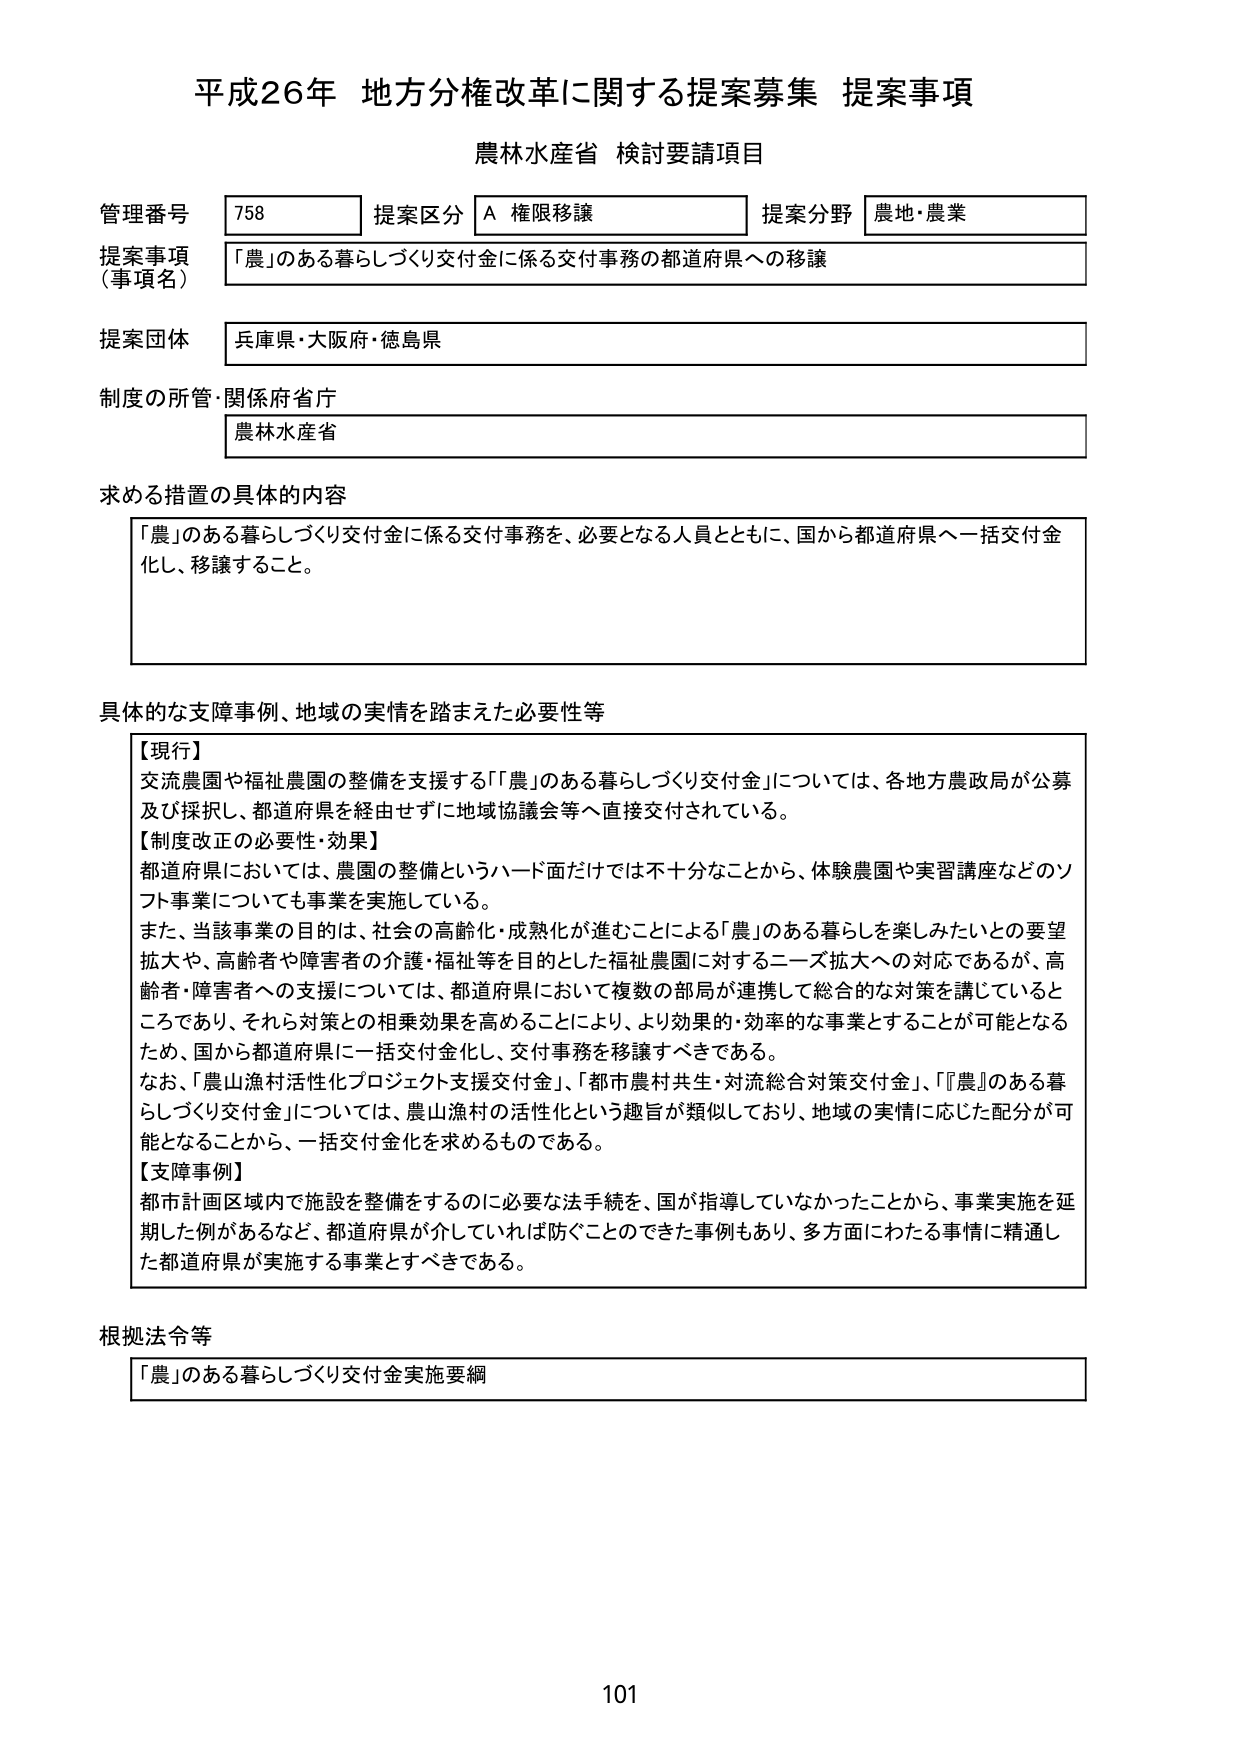
平成26年 地方分権改革に関する提案募集 提案事項
農林水産省 検討要請項目

管理番号 758 提案区分 A 権限移譲 提案分野 農地・農業
提案事項（事項名） 「農」のある暮らしづくり交付金に係る交付事務の都道府県への移譲
提案団体 兵庫県・大阪府・徳島県
制度の所管・関係府省庁 農林水産省

求める措置の具体的内容
「農」のある暮らしづくり交付金に係る交付事務を、必要となる人員とともに、国から都道府県へ一括交付金化し、移譲すること。

具体的な支障事例、地域の実情を踏まえた必要性等
【現行】
交流農園や福祉農園の整備を支援する「「農」のある暮らしづくり交付金」については、各地方農政局が公募及び採択し、都道府県を経由せずに地域協議会等へ直接交付されている。
【制度改正の必要性・効果】
都道府県においては、農園の整備というハード面だけでは不十分なことから、体験農園や実習講座などのソフト事業についても事業を実施している。
また、当該事業の目的は、社会の高齢化・成熟化が進むことによる「農」のある暮らしを楽しみたいとの要望拡大や、高齢者や障害者の介護・福祉等を目的とした福祉農園に対するニーズ拡大への対応であるが、高齢者・障害者への支援については、都道府県において複数の部局が連携して総合的な対策を講じているところであり、それら対策との相乗効果を高めることにより、より効果的・効率的な事業とすることが可能となるため、国から都道府県に一括交付金化し、交付事務を移譲すべきである。
なお、「農山漁村活性化プロジェクト支援交付金」、「都市農村共生・対流総合対策交付金」、「「農」のある暮らしづくり交付金」については、農山漁村の活性化という趣旨が類似しており、地域の実情に応じた配分が可能となることから、一括交付金化を求めるものである。
【支障事例】
都市計画区域内で施設を整備するのに必要な法手続を、国が指導していなかったことから、事業実施を延期した例があるなど、都道府県が介していれば防ぐことのできた事例もあり、多方面にわたる事情に精通した都道府県が実施する事業とすべきである。

根拠法令等
「農」のある暮らしづくり交付金実施要綱

101